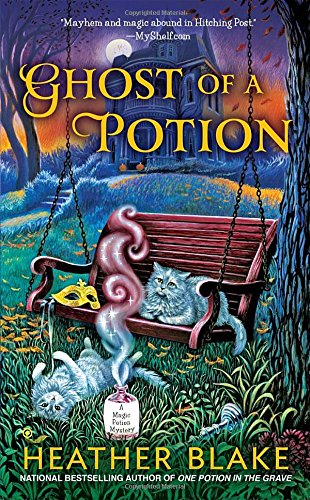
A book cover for Ghost of a Potion: A Magic Potion Mystery; Heather Blake; Mystery, Thriller & Suspense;